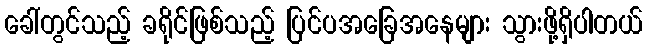
ခေါ်တွင်သည့် ခရိုင်ဖြစ်သည့် ပြင်ပအခြေအနေများ သွားဖို့ရှိပါတယ်